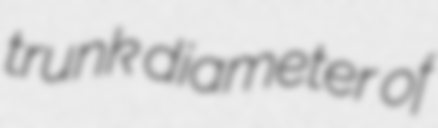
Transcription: trunk diameter of